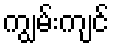
ကျွမ်းကျင်